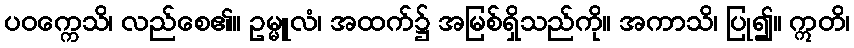
ပဝက္ကေသိ၊ လည်စေ၏။ ဥမ္မူလံ၊ အထက်၌ အမြစ်ရှိသည်ကို။ အကာသိ၊ ပြု၍။ ဣတိ၊